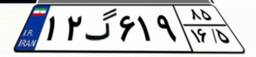
۱۲گ۶۱۹۸۵